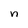
Character: n